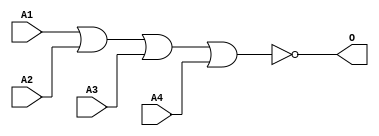
module JNOR4B(A1, A2, A3, A4, O);
input   A1;
input   A2;
input   A3;
input   A4;
output  O;
nor g0(O, A1, A2, A3, A4);
endmodule